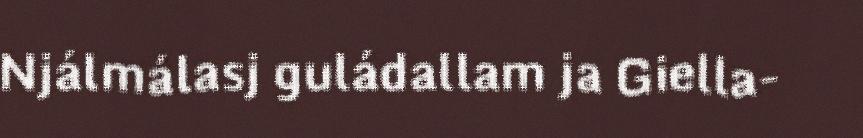
Njálmálasj guládallam ja Giella-